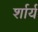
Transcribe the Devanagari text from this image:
र्शार्य